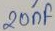
Text: 20µF